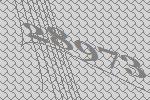
28973